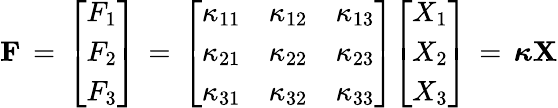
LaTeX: \mathbf{F}\, =\, {\left[\begin{array}{l}{F_{1}}\\ {F_{2}}\\ {F_{3}}\end{array}\right]}\, =\, {\left[\begin{array}{lll}{\kappa_{11}}&{\kappa_{12}}&{\kappa_{13}}\\ {\kappa_{21}}&{\kappa_{22}}&{\kappa_{23}}\\ {\kappa_{31}}&{\kappa_{32}}&{\kappa_{33}}\end{array}\right]}{\left[\begin{array}{l}{X_{1}}\\ {X_{2}}\\ {X_{3}}\end{array}\right]}\, =\, {\boldsymbol{\kappa}}\mathbf{X}